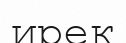
ирек